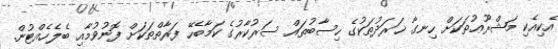
އެކިއެކި މަޝްރޫޢުތަކަށް ހިނގާ ޚަރަދުތަކުގެ ހިސާބުތައް ސަރުކާރުގެ ކަމާބެހޭ ފަރާތްތަކަށް ފޮނުވުމާއި ބެލެހެއްޓުން.